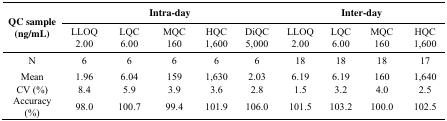
| <ROWSPAN=2> QC sample (ng/mL) | <COLSPAN=5> Intra-day | <COLSPAN=4> Inter-day |
 | LLOQ 2.00 | LQC6.00 | MQC160 | HQC1,600 | DiQC5,000 | LLOQ 2.00 | LQC6.00 | MQC160 | HQC1,600 |
 | --- | --- | --- | --- | --- | --- | --- | --- | --- | --- |
 | N | 6 | 6 | 6 | 6 | 6 | 18 | 18 | 18 | 17 |
 | Mean | 1.96 | 6.04 | 159 | 1,630 | 2.03 | 6.19 | 6.19 | 160 | 1,640 |
 | CV (%) | 8.4 | 5.9 | 3.9 | 3.6 | 2.8 | 1.5 | 3.2 | 4.0 | 2.5 |
 | Accuracy (%) | 98.0 | 100.7 | 99.4 | 101.9 | 106.0 | 101.5 | 103.2 | 100.0 | 102.5 |